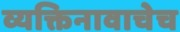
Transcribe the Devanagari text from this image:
व्यक्तिनावाचेच